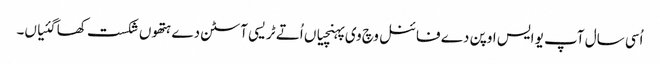
اُسی سال آپ یو ایس اوپن دے فائنل وچ وی پہنچیاں اُتے ٹریسی آسٹن دے ہتھو‏ں شکست کھا گئیاں۔